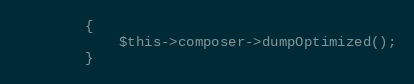
Language: PHP
		{
			$this->composer->dumpOptimized();
		}